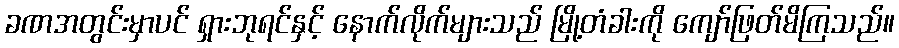
ခဏအတွင်းမှာပင် ရှားဘုရင်နှင့် နောက်လိုက်များသည် မြို့တံခါးကို ကျော်ဖြတ်မိကြသည်။